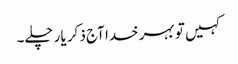
کہیں تو بہر خدا آج ذکر یار چلے۔